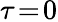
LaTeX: \tau\! =\! 0